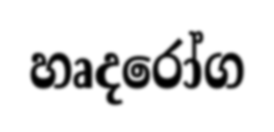
හෘදරෝග